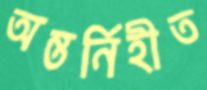
অন্তর্নিহীত